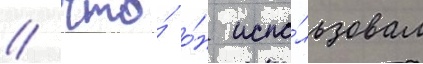
/ что́ о́н испо́льзовал